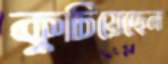
কুচিয়েছেন